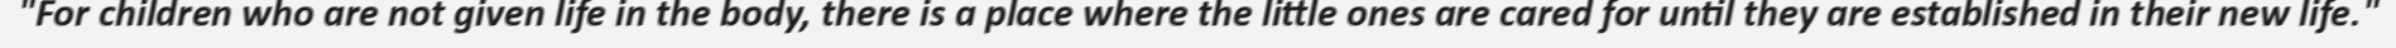
"For children who are not given life in the body, there is a place where the little ones are cared for until they are established in their new life."